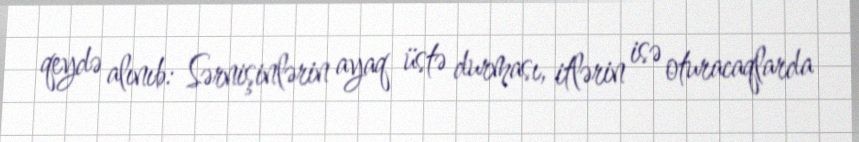
qeydə alınıb: Sərnişinlərin ayaq üstə durması, itlərin isə oturacaqlarda